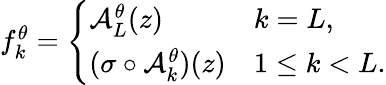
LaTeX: \begin{array}{r}{f_{k}^{\theta}=\left\{ \begin{array}{lll}{\mathcal{A}_{L}^{\theta}(z)}&{k=L,}\\ {(\sigma\circ\mathcal{A}_{k}^{\theta})(z)}&{1\leq k<L.}\end{array}\right.}\end{array}